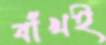
বাঁখই